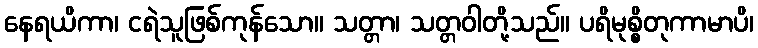
နေရယိကာ၊ ငရဲသူဖြစ်ကုန်သော။ သတ္တာ၊ သတ္တဝါတို့သည်။ ပရိမုစ္စိတုကာမာပိ၊